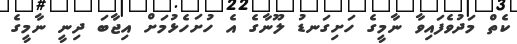
ކެތް މަދުވެފައިވާ ނާމީގެ ހަށިގަނޑު ލޫނާގެ އެ ހުށަހެޅުމަށް އިޖާބަ ދިނީ ނާމީގެ